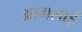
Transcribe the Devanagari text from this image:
आगलाई